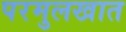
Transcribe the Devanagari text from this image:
परमुलखात